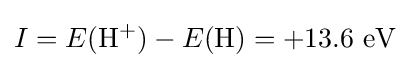
I=E(\mathrm {H} ^{+})-E(\mathrm {H} )=\mathrm {+13.6\ eV}